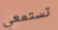
تستمعي